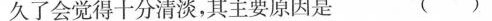
久了会觉得十分清淡，其主要原因是 ()